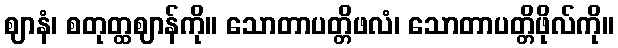
ဈာနံ၊ စတုတ္ထဈာန်ကို။ သောတာပတ္တိဖလံ၊ သောတာပတ္တိဖိုလ်ကို။